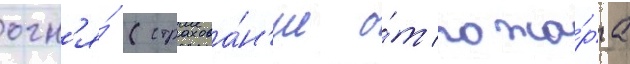
огн'я́ (страхова́н'ие о́т пожа́ра